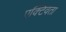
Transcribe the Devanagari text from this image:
एक्टिवता